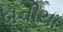
બનીયા